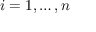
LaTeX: i = 1 , \dots , n